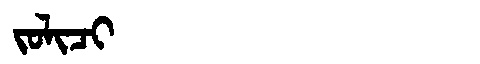
Manchu: ᠵᠣᠯᡳᠴᡳ
Romanization: JOLICI